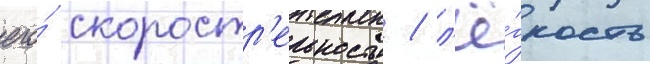
его́ скоростр'ельность / л'ё́гкость